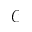
\mathcal { C }